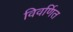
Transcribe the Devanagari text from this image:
विवर्णित